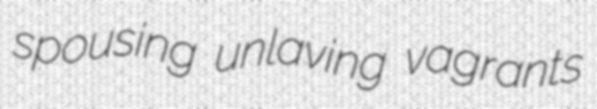
spousing unlaving vagrants